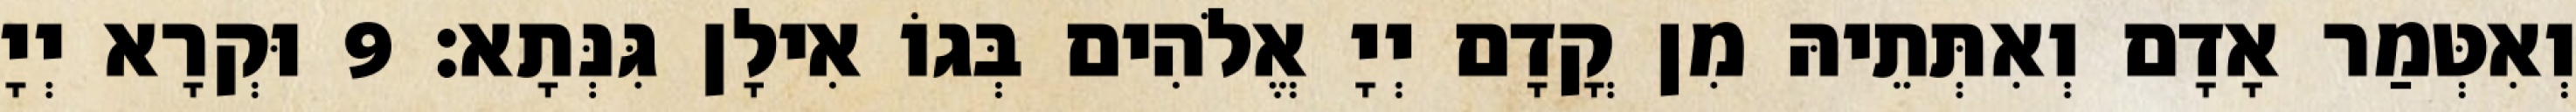
וְאִטְּמַר אָדָם וְאִתְּתֵיהּ מִן קֳדָם יְיָ אֱלֹהִים בְּגוֹ אִילָן גִּנְּתָא׃ 9 וּקְרָא יְיָ